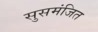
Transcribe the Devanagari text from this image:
सुसमंजित